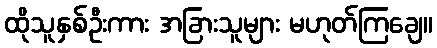
ထိုသူနှစ်ဦးကား အခြားသူများ မဟုတ်ကြချေ။